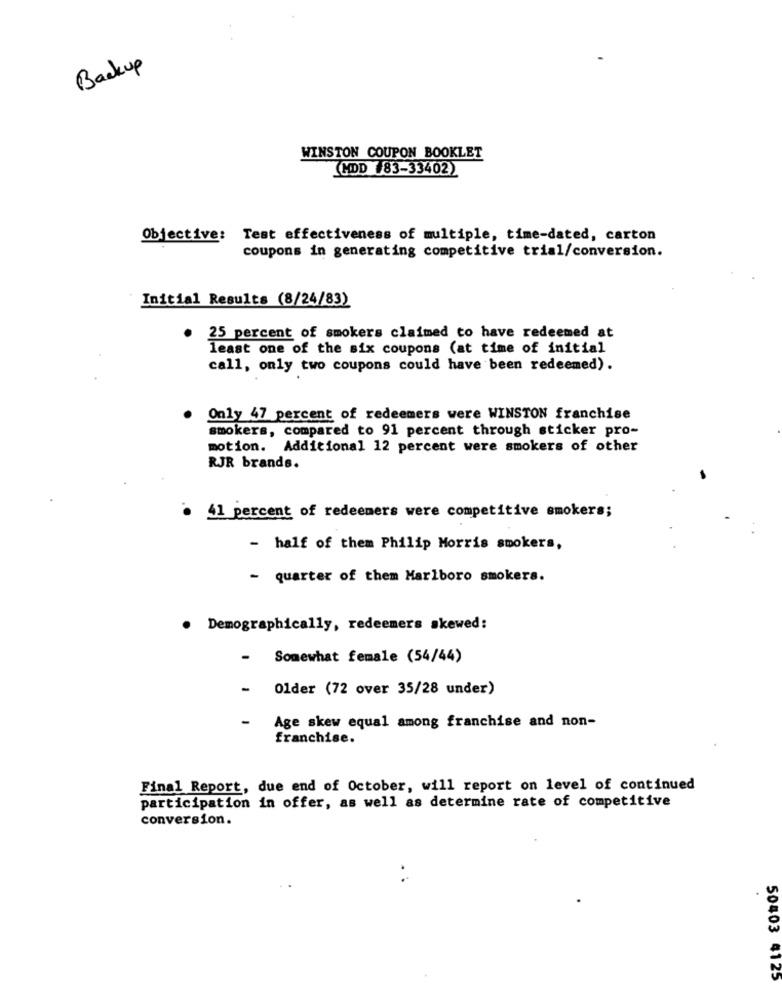
Backup
WINSTON COUPON BOOKLET
(HDD #83-33402)
Objective: Test effectiveness of multiple, time-dated, carton
coupons in generating competitive trial/conversion.
Initial Results (8/24/83)
25 percent of smokers claimed to have redeemed at
least one of the six coupons (at time of initial
call, only two coupons could have been redeemed).
Only 47 percent of redeemers were WINSTON franchise
smokers, compared to 91 percent through sticker pro-
motion. Additional 12 percent were smokers of other
RJR brands.
· 41 percent of redeemers were competitive smokers;
- half of them Philip Morris smokers,
- quarter of them Marlboro smokers.
. Demographically, redeemers skewed:
-
Somewhat female (54/44)
- Older (72 over 35/28 under)
-
Age skew equal among franchise and non-
franchise.
Final Report, due end of October, will report on level of continued
participation in offer, as well as determine rate of competitive
conversion.
.
50403 4125